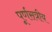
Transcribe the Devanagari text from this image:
पूर्णसत्रीय